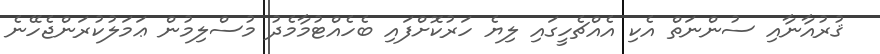
ޤުރުއާނާއި ސުންނަތް އެކި އެއްޗެހީގައި ލިޔެ ހަރުކޮށްފައި ބެހެއްޓުމާމެދު މުސްލިމުން ޢަމަލުކުރަންޖެހޭނެ